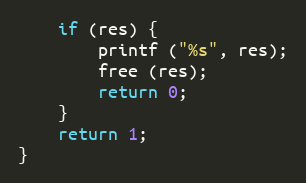
Language: C
	if (res) {
		printf ("%s", res);
		free (res);
		return 0;
	}
	return 1;
}